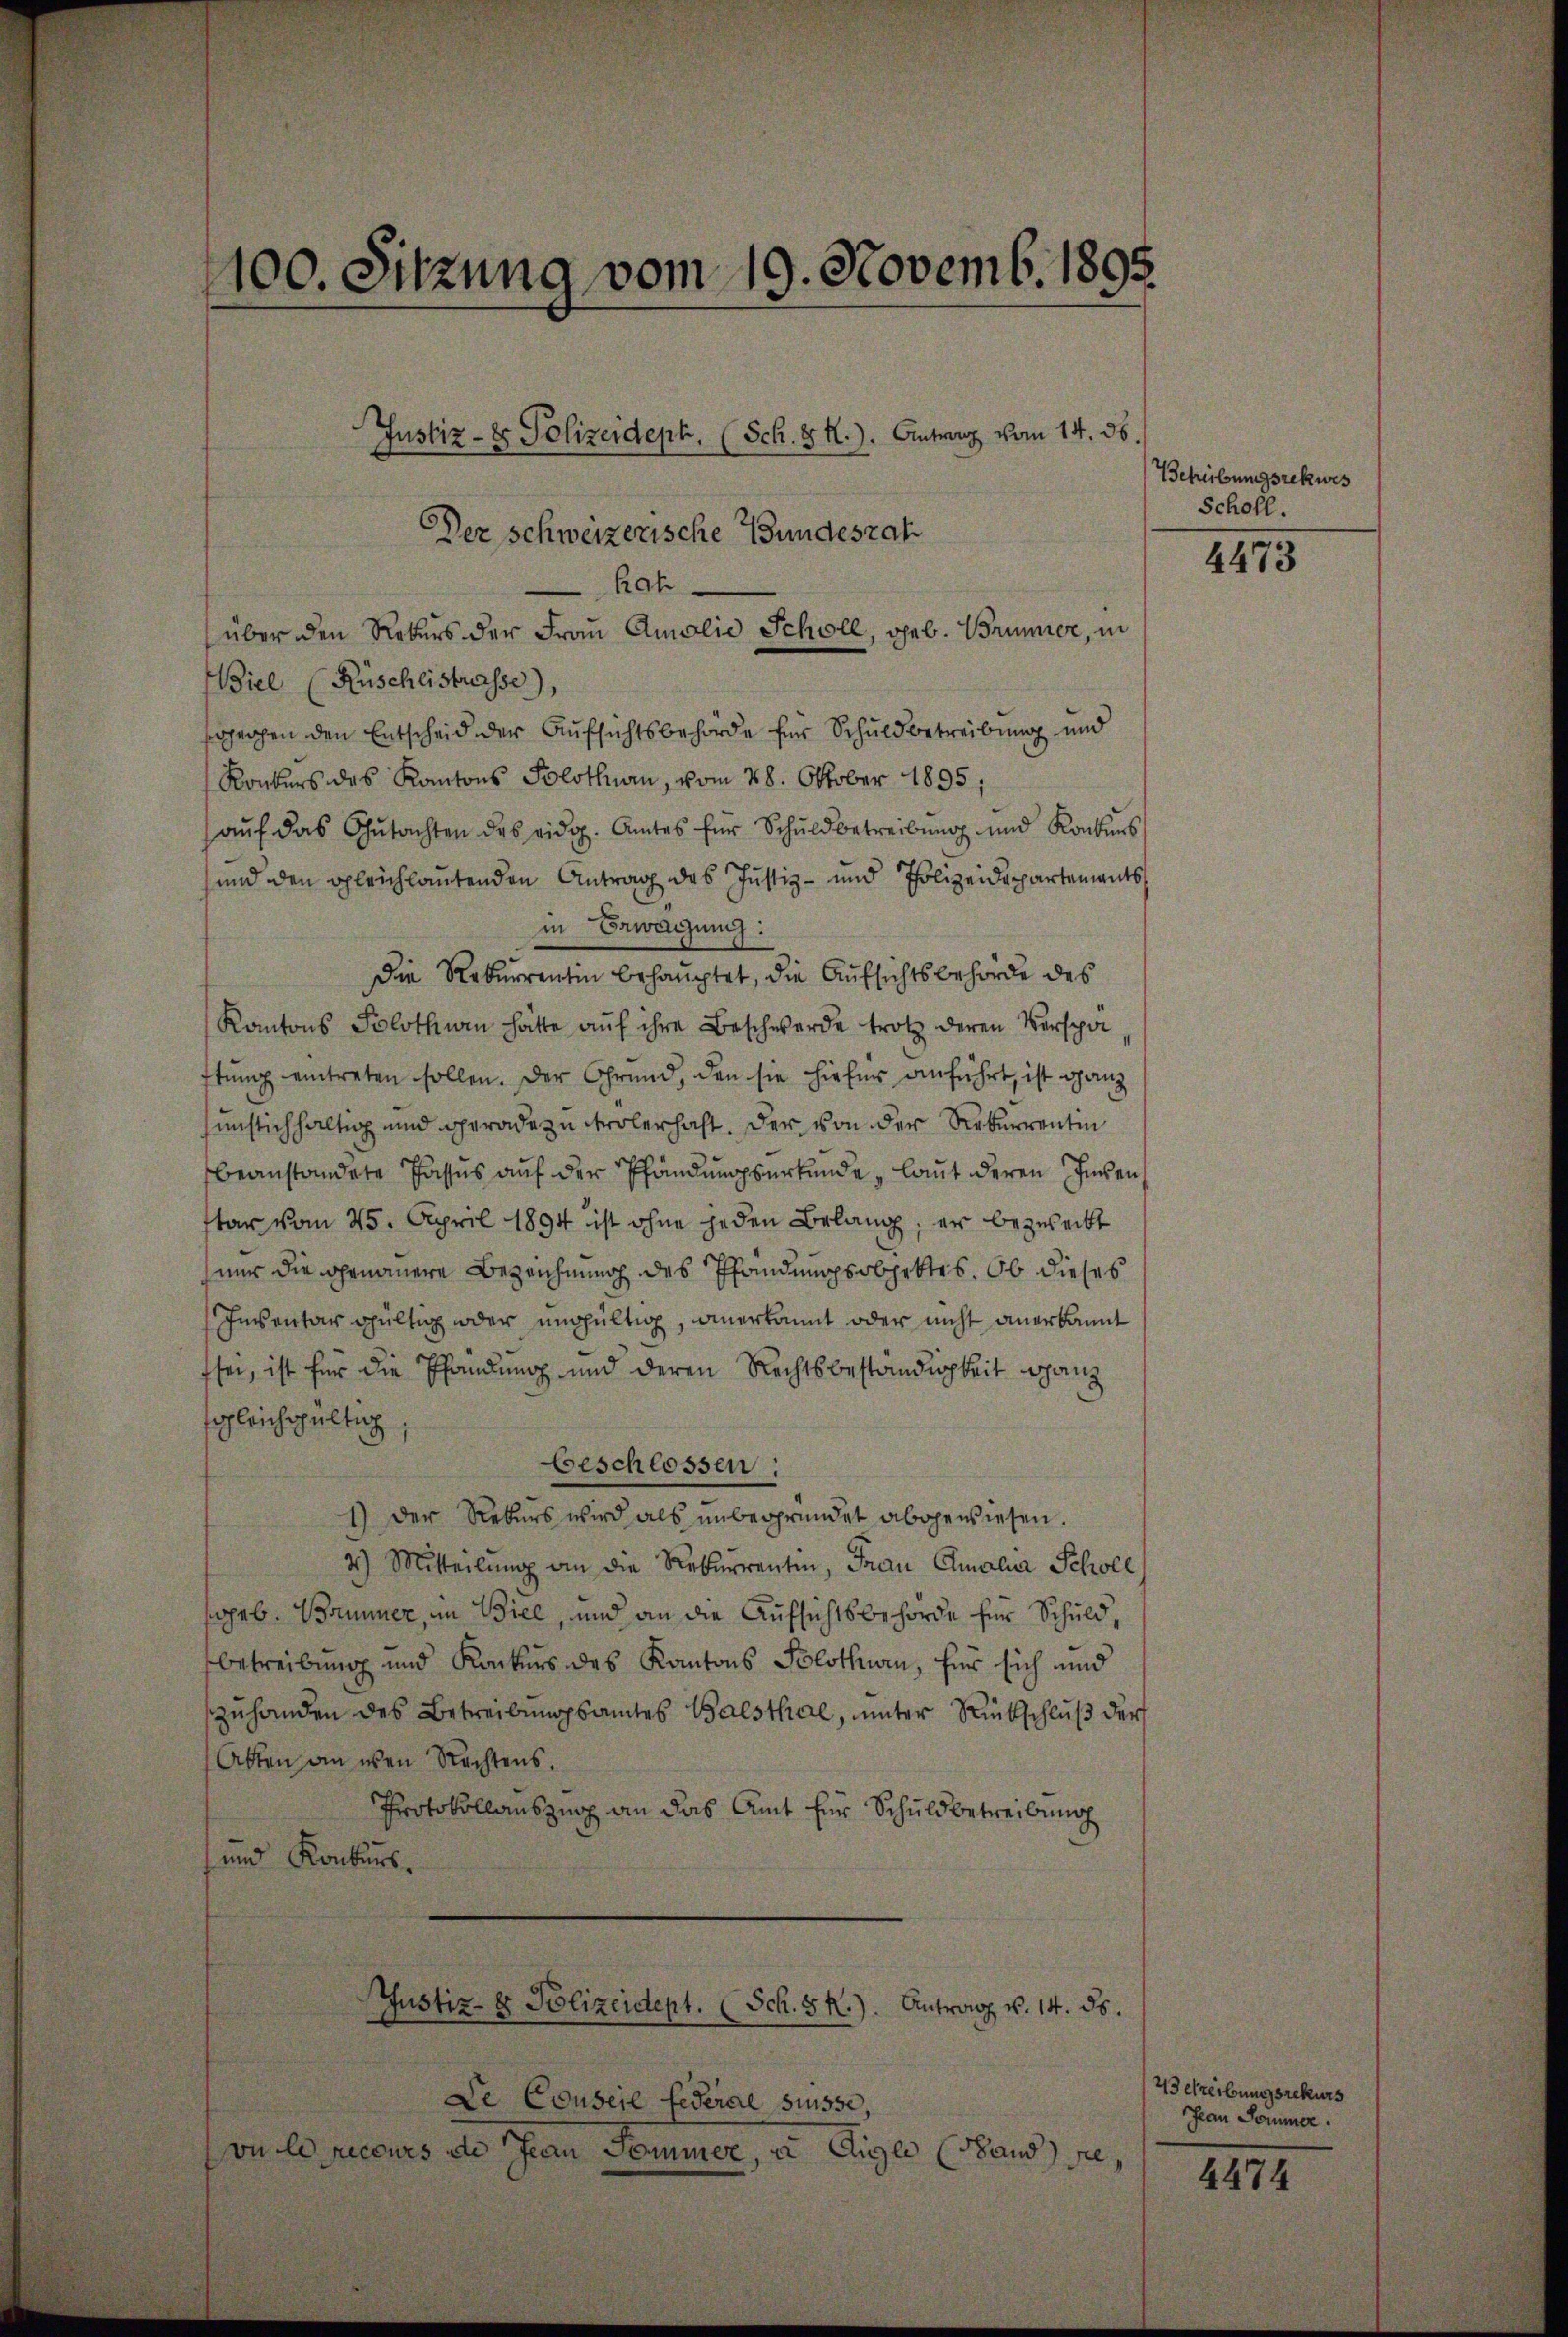
Roh
über den Rekurs der Frau Amolie Schöll, geb. Brunner, in
Biel (Rüschlistrasse),
sgegen den Entscheid der Aufsichtsbehörde für Schuldbetreibung und
Konkurs des Kantons Solothurn, vom 28. Oktober 1895;
aŭf das Gutachten des eidg. Amtes für Schuldbetreibung und Konkurs
und den gleichlautenden Antrag des Justiz- und Polizeidepartements
in Erwägung:
Die Rekurrentin behauptet, die Aufsichtsbehörde des
Kantons Solothurn hatte aŭf ihre Beschwerde trotz deren Verspa
ftŭng eintreten sollen. Der Grund, den sie hiefür anführt, ist ganz
sunstichhaltig und gerade zu trölerhaft. Der von der Rekurrentin
beanstandete Passus auf der Pfändungsurkunde, laut deren Ingen
tar vom 25. April 1894 ist ohne jeden Belang, er bezweckt
nur die genauere Bezeichnung des Pfandungsobjektes. Ob dieses
Inventar gültig oder ungültig, anerkannt oder nicht anerkannt
sei, ist für die Pfändung und deren Rechtsbeständigkeit ganz
sgleichgültig
beschlossen:
1) Der Rekurs wird als unbegründet abgewiesen.
2) Mitteilŭng an die Rekurrentin, Frau Amalia Scholl
geb. Brummer, in Biel, und an die Aufsichtsbehörde für Schuldbetreibung und Konkurs des Kantons Solothurn, für sich und
zuhanden des Betreibungsamtes Balsthal, unter Rückschluß der
Atten an wenn Rechtens.
Protokollauszug an das Amt für Schuldbetreibung
und Konkurs.
Justiz- & Polizeidept. (Sch. S R.). Antrag v. 14. ds.

100. Sitzung vom 19. Novemb. 1895.

Der Schweizerische Bundesrat

Justiz- & Polizeidept. (Sch. S. R.). Antrag vom 14. 36.

De Conseil Federal Suisse
vu le recours an Jean Sommer, a Aigle (Stand sie,

Behreibungsrekwes
Scholl.

4473

23 Streibungsrekurs
Jean Sommer.

4474